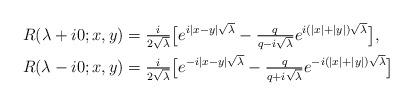
LaTeX: \begin{align*}R(\lambda+i0;x,y)& =\tfrac{i}{2\sqrt{\lambda}}\bigl[e^{i|x-y|\sqrt{\lambda}}-\tfrac{q}{q-i\sqrt{\lambda}}e^{i(|x|+|y|)\sqrt{\lambda}}\bigr], \\R(\lambda-i0;x,y) & = \tfrac{i}{2\sqrt{\lambda}}\bigl[e^{-i|x-y|\sqrt{\lambda}}-\tfrac{q}{q+i\sqrt{\lambda}}e^{-i(|x|+|y|)\sqrt{\lambda}}\bigr]\end{align*}